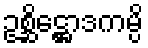
ဥစ္ဆိဋ္ဌောဒကမ္ပိ